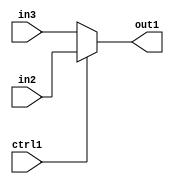
`timescale 1ps / 1ps
/*****************************************************************************
    Verilog RTL Description
    
    
    Created by: Stratus DpOpt 2019.1.01 
*******************************************************************************/

module dut_N_Mux_3_2_1_4_0 (
	in3,
	in2,
	ctrl1,
	out1
	); /* architecture "behavioural" */ 
input [2:0] in3,
	in2;
input  ctrl1;
output [2:0] out1;
wire [2:0] asc001;

reg [2:0] asc001_tmp_0;
assign asc001 = asc001_tmp_0;
always @ (ctrl1 or in2 or in3) begin
	case (ctrl1)
		1'B1 : asc001_tmp_0 = in2 ;
		default : asc001_tmp_0 = in3 ;
	endcase
end

assign out1 = asc001;
endmodule

/* CADENCE  uLX2TA4= : u9/ySgnWtBlWxVPRXgAZ4Og= ** DO NOT EDIT THIS LINE ******/